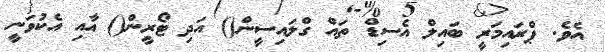
އެވެ. ޕްރައިމަރީ ބައިލް އެސިޑް ތައް ގްލައިސީން() އަދި ޓޯރީން() އާއި އެކުވަނީ